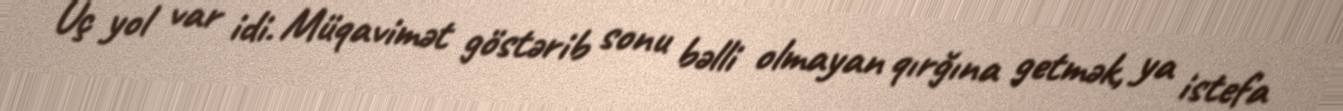
Üç yol var idi. Müqavimət göstərib sonu bəlli olmayan qırğına getmək, ya istefa